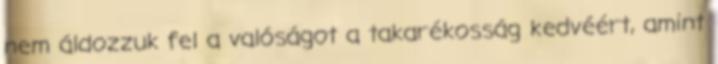
nem áldozzuk fel a valóságot a takarékosság kedvéért, amint